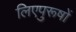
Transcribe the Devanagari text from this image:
लिएपुरूषों